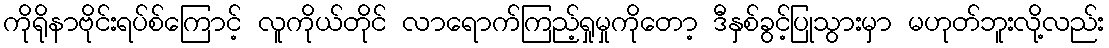
ကိုရိုနာဗိုင်းရပ်စ်ကြောင့် လူကိုယ်တိုင် လာရောက်ကြည့်ရှုမှုကိုတော့ ဒီနှစ်ခွင့်ပြုသွားမှာ မဟုတ်ဘူးလို့လည်း